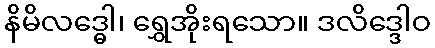
နိမိလဒ္ဓေါ၊ ရွှေအိုးရသော။ ဒလိဒ္ဒေါဝ